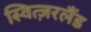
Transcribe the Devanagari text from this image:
स्वित्ज़रलैंड